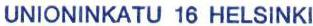
UNIONINKATU 16 HELSINKI